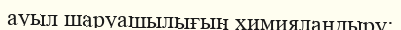
ауыл шаруашылығын химияландыру: